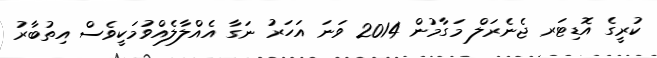
ކުރީގެ އޮޑިޓަރ ޖެނެރަލް މަގާމުން 2014 ވަނަ އަހަރު ނަގާ އެއްލާލެއްވުމަކީވެސް އިތުބާރު